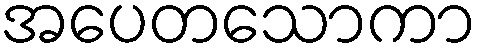
အပေတသောကာ